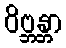
ဝိဗ္ဘန္တာ